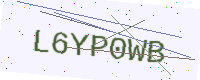
Text: L6YP0WB